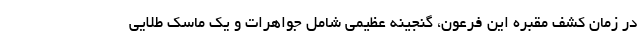
در زمان کشف مقبره این فرعون، گنجینه عظیمی شامل جواهرات و یک ماسک طلایی